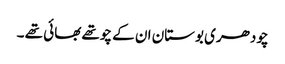
چودھری بوستان ان کے چوتھے بھائی تھے ۔